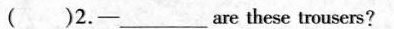
( )2.- ___ are these trousers?